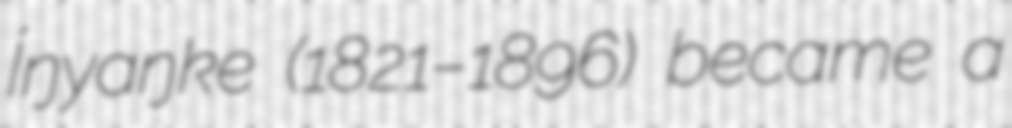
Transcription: Íŋyaŋke (1821–1896) became a